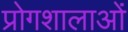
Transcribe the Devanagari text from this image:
प्रोगशालाओं